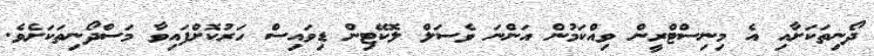
ދޯނިތަކަށާއި އެ މިނިސްޓްރީން ވިއްކަމުން އަންނަ ވެސަލް ލޮކޭޓިން ޑިވައިސް ހަރުކޮށްފައިވާ މަސްދޯނިތަކަށެވެ.